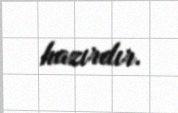
hazırdır.